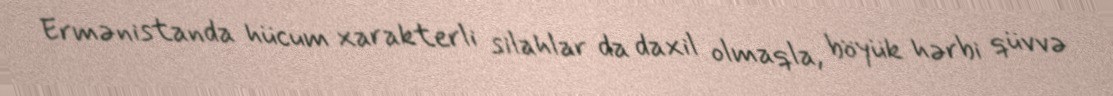
Ermənistanda hücum xarakterli silahlar da daxil olmaqla, böyük hərbi qüvvə